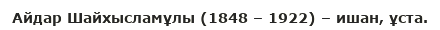
Айдар Шайхысламұлы (1848 – 1922) – ишан, ұста.